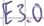
Text: E3.0